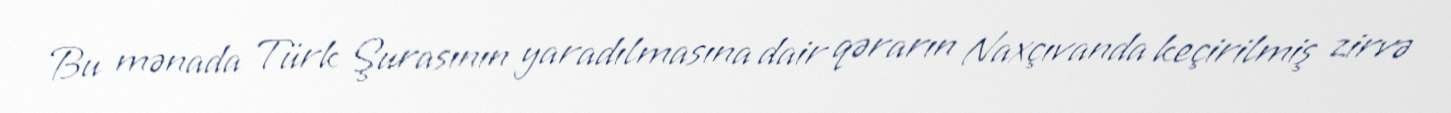
Bu mənada Türk Şurasının yaradılmasına dair qərarın Naxçıvanda keçirilmiş zirvə